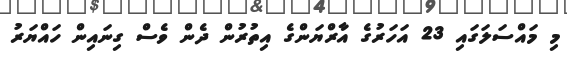
މި މައްސަލަގައި 23 އަހަރުގެ އާރްޔަންގެ އިތުރުން ދެން ވެސް ގިނައިން ހައްޔަރު